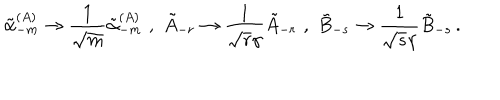
\tilde { \alpha } _ { - m } ^ { ( A ) } \rightarrow \frac { 1 } { \sqrt { m } } \tilde { \alpha } _ { - m } ^ { ( A ) } \, \, , \, \, \tilde { A } _ { - r } \rightarrow \frac { 1 } { \sqrt { r } \gamma } \tilde { A } _ { - r } \, \, , \, \, \tilde { B } _ { - s } \rightarrow \frac { 1 } { \sqrt { s } \gamma } \tilde { B } _ { - s } \, .